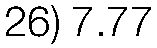
26) 7.77